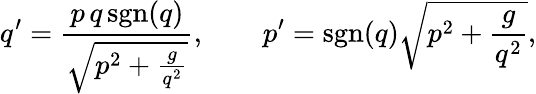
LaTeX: q^{\prime}=\frac{p\, q\, \mathrm{sgn}(q)}{\sqrt{p^{2}+\frac{g}{q^{2}}}},\qquad p^{\prime}=\mathrm{sgn}(q)\sqrt{p^{2}+\frac{g}{q^{2}}},